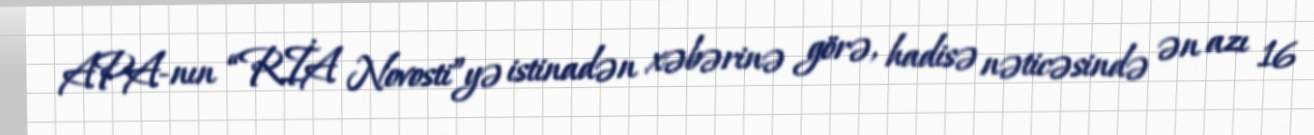
APA-nın “RİA Novosti”yə istinadən xəbərinə görə, hadisə nəticəsində ən azı 16